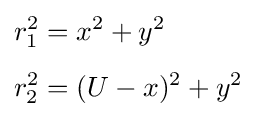
{\begin{aligned}r_{1}^{2}&=x^{2}+y^{2}\\[4pt]r_{2}^{2}&=(U-x)^{2}+y^{2}\end{aligned}}